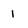
Character: 1